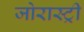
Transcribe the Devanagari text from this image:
जोरास्ट्री